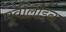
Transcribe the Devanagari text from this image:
मूवीलाइन